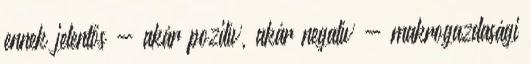
ennek jelentős - akár pozitív, akár negatív - makrogazdasági